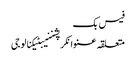
فیس بک
متعلقہ عنوانکرپشننیبٹیکنالوجی